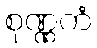
စုဏ္ဏကံ